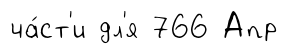
ча́ст'и дл'я 766 Апр